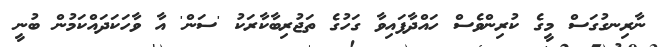
ނާރިނގުގަސް މީގެ ކުރިންވެސް ހައްދާފައިވާ ގަހުގެ ތަޖުރިބާކާރަކު 'ސަން' އާ ވާހަކަދައްކަމުން ބުނީ